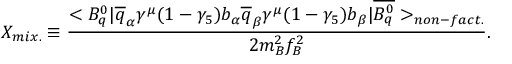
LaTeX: X _ { m i x . } \equiv \frac { < B _ { q } ^ { 0 } | \overline { { { q } } } _ { \alpha } \gamma ^ { \mu } ( 1 - \gamma _ { 5 } ) b _ { \alpha } \overline { { { q } } } _ { \beta } \gamma ^ { \mu } ( 1 - \gamma _ { 5 } ) b _ { \beta } | \overline { { { B _ { q } ^ { 0 } } } } > _ { n o n - f a c t . } } { 2 m _ { B } ^ { 2 } f _ { B } ^ { 2 } } .